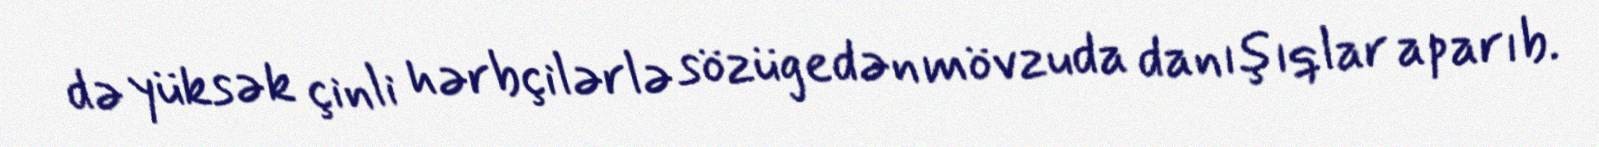
də yüksək çinli hərbçilərlə sözügedən mövzuda danışıqlar aparıb.